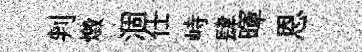
判燬涸仕峙肆暉恩